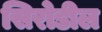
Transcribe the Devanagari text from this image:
सिरोडील